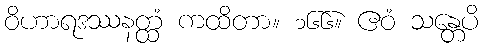
ဝိဟာရဒဿနတ္ထံ ကထိတာ။ ၁၆၆။ ဧဝံ သန္တေပိ